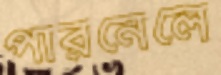
পারনেলে